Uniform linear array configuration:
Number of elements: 8
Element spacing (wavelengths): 0.5
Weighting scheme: kaiser
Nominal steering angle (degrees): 30
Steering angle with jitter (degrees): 31.629
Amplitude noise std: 0.05
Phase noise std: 0.05

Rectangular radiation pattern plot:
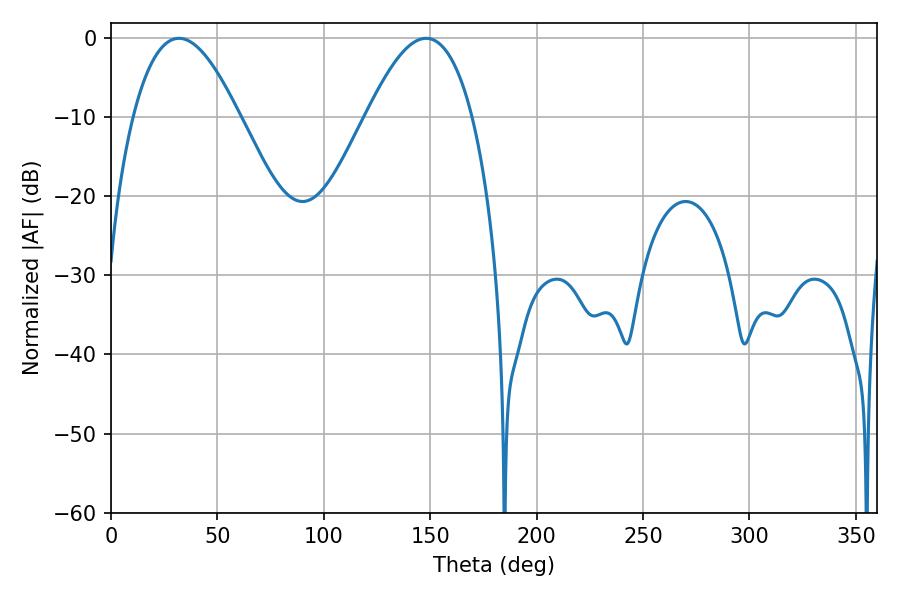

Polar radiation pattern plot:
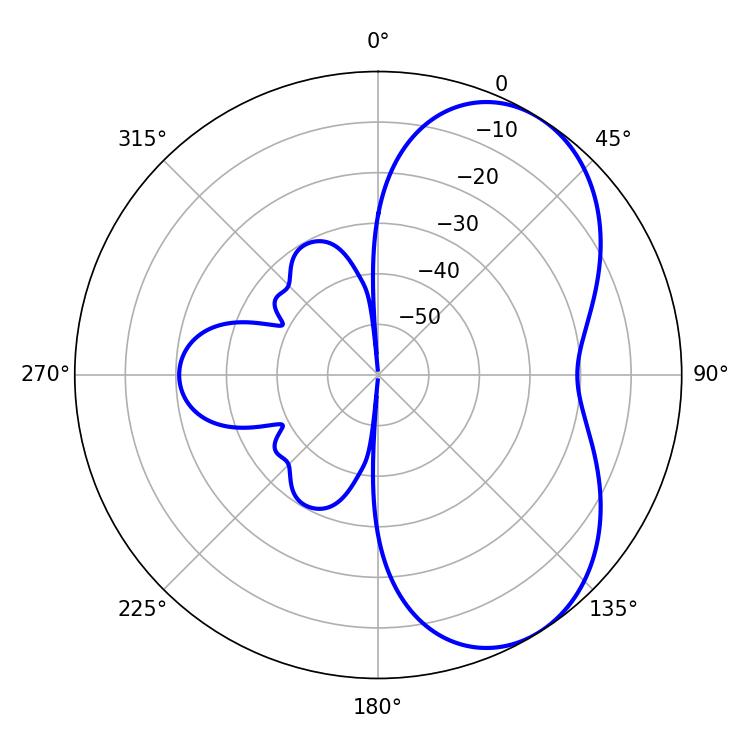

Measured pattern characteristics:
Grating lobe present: FALSE
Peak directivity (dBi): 5.456
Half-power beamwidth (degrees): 27.18
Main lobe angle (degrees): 31.86